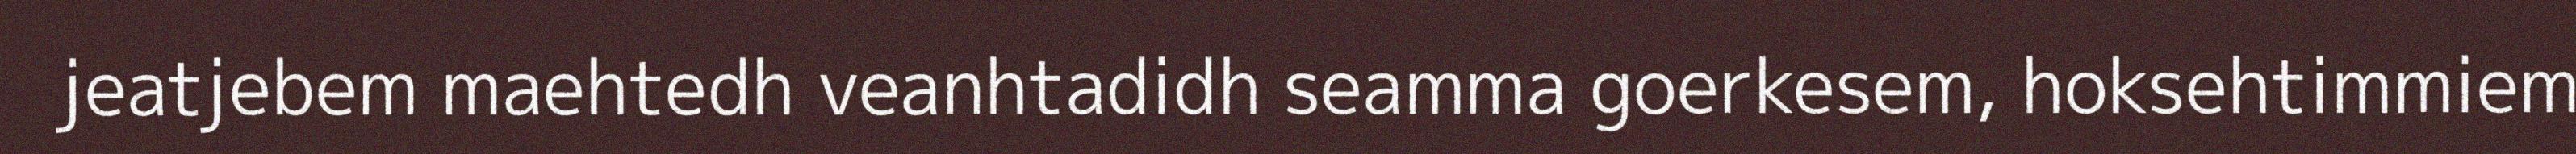
jeatjebem maehtedh veanhtadidh seamma goerkesem, hoksehtimmiem